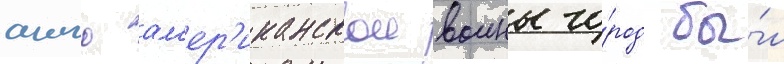
англо-ам'ер'иканскои воины го́род бы́л